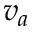
v _ { a }